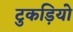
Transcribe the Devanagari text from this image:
टुकड़ियो